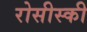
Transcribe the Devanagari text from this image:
रोसीस्की